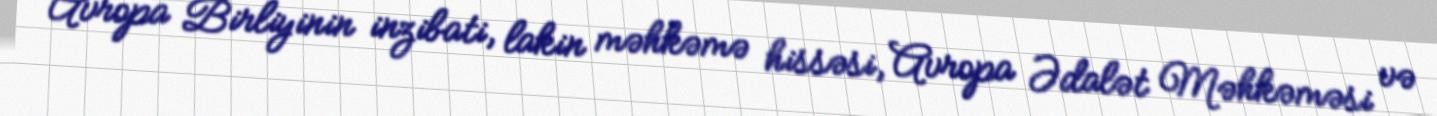
Avropa Birliyinin inzibati, lakin məhkəmə hissəsi, Avropa Ədalət Məhkəməsi və